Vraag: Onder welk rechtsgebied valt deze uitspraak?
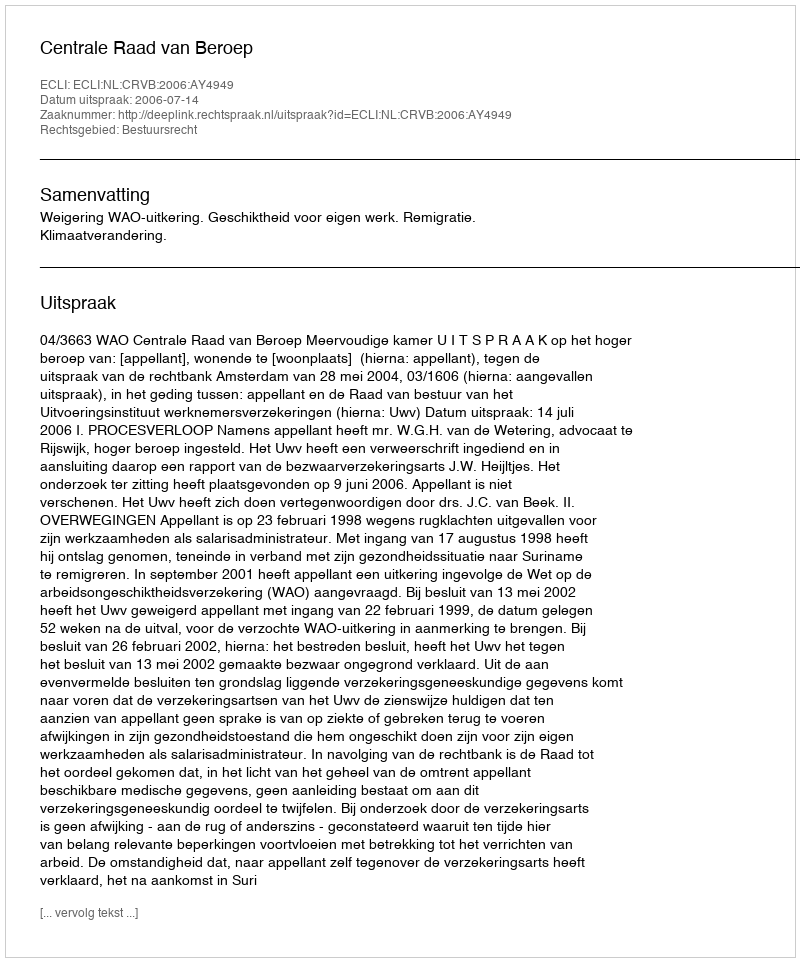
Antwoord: Bestuursrecht